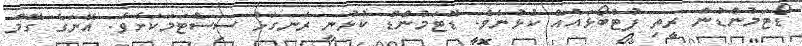
ޑޯޓަމުންޑުން ރީތި ފުޓްބޯޅައެއް ކުޅުނެވެ. ޑޮޓަމުންޑް ކުޅުނީ ރަނގަޅު ސިސްޓަމަކަށެވެ. އޭނަގެ ގޭމް